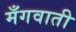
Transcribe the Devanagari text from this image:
मँगवाती